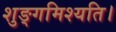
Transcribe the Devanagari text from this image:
शुङ्गमिश्यति।